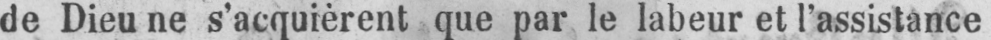
de Dieu ne s’acquièrent que par le labeur et l’assistance